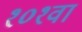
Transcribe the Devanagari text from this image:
१०१वां